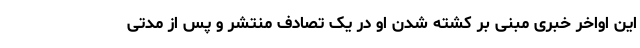
این اواخر خبری مبنی بر کشته شدن او در یک تصادف منتشر و پس از مدتی